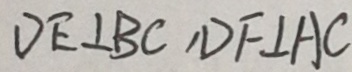
D E \bot B C , D F \bot A C